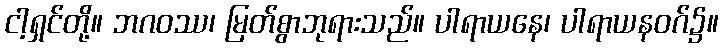
ငါ့ရှင်တို့။ ဘဂဝဿ၊ မြတ်စွာဘုရားသည်။ ပါရာယနေ၊ ပါရာယနဝဂ်၌။